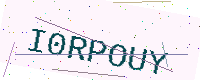
Text: I0RPOUY